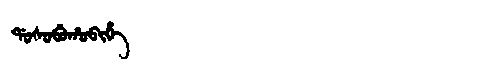
Manchu: ᡩᠣᠰᠣᠪᡠᡥᠣᠪᡳᡥᡝ
Romanization: DOSOBUHOBIHE